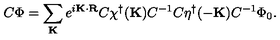
C \Phi = \sum _ { \bf K } e ^ { i { \bf K \cdot R } } C \chi ^ { \dagger } ( { \bf K } ) C ^ { - 1 } C \eta ^ { \dagger } ( { \bf - K } ) C ^ { - 1 } \Phi _ { 0 } .